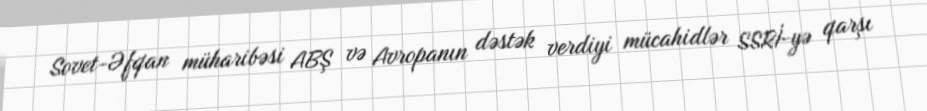
Sovet-Əfqan müharibəsi ABŞ və Avropanın dəstək verdiyi mücahidlər SSRİ-yə qarşı